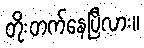
တိုးတက်နေပြီလား။